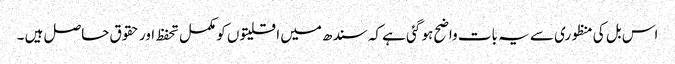
اس بل کی منظوری سے یہ بات واضح ہو گئی ہے کہ سندھ میں اقلیتوں کو مکمل تحفظ اور حقوق حاصل ہیں ۔